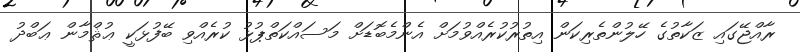
ރާއްޖޭގައި ޒަކާތުގެ ހޭލުންތެރިކަން އިތުރުކުރެއްވުމަށް އެންމެބޮޑަށް މަސައްކަތްޕުޅު ކުރެއްވި ބޭފުޅަކީ ޢުޘްމާން ޢަބްދު